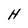
Character: H